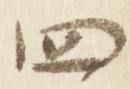
四